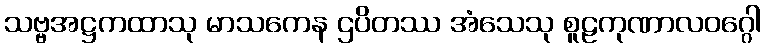
သဗ္ဗအဋ္ဌကထာသု မာသကေန ဌပိတဿ အံသေသု စူဠကုဏာလဝဂ္ဂေါ